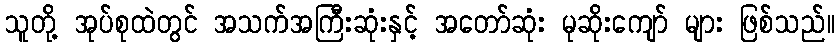
သူတို့ အုပ်စုထဲတွင် အသက်အကြီးဆုံးနှင့် အတော်ဆုံး မုဆိုးကျော် များ ဖြစ်သည်။